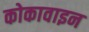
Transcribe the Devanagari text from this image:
कोकावाइन